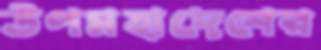
উপমহাদেশের